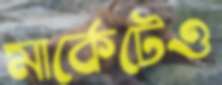
মার্কেটেও